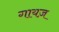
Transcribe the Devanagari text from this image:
गायज़